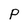
Character: P